Indian journal of veterinary science and animal husbandry - Volumes 24-25, 1954-1955
Year: 1954
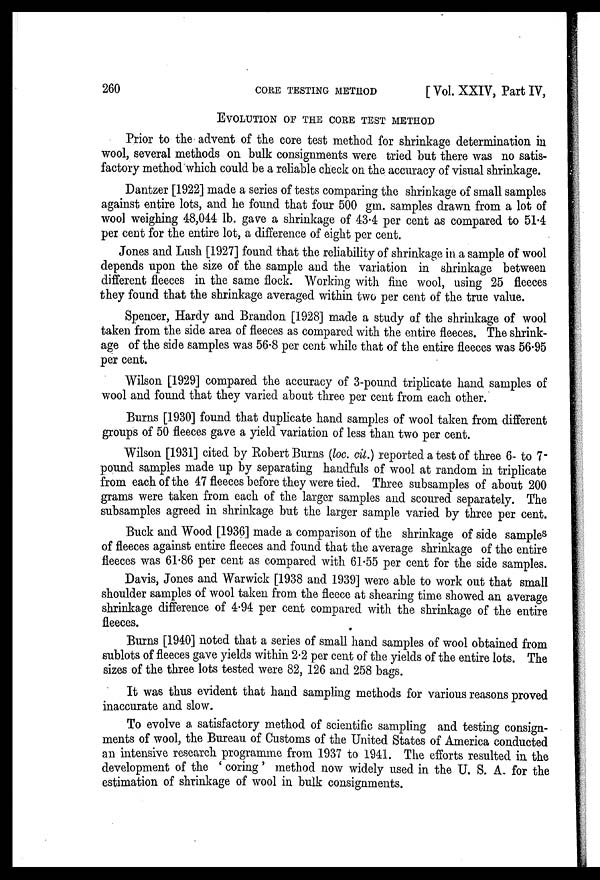
260
CORE
TESTING
METHOD
[ Vol. XXIV, Part IV,
EVOLUTION OF THE CORE TEST METHOD
Prior to the advent of the core test method for shrinkage determination in
wool, several methods on bulk consignments were tried but there was no satis-
factory method which could be a reliable check on the accuracy of visual shrinkage.
Dantzer [1922] made a series of tests comparing the shrinkage of small samples
against entire lots, and he found that four 500 gm. samples drawn from a lot of
wool weighing 48,044 lb. gave a shrinkage of 43.4 per cent as compared to 51.4
per cent for the entire lot, a difference of eight per cent.
Jones and Lush [1927] found that the reliability of shrinkage in a sample of wool
depends upon the size of the sample and the variation in shrinkage between
different fleeces in the same flock. Working with fine wool, using 25 fleeces
they found that the shrinkage averaged within two per cent of the true value.
Spencer, Hardy and Brandon [1928] made a study of the shrinkage of wool
taken from the side area of fleeces as compared with the entire fleeces. The shrink-
age of the side samples was 56.8 per cent while that of the entire fleeces was 56.95
per cent.
Wilson [1929] compared the accuracy of 3-pound triplicate hand samples of
wool and found that they varied about three per cent from each other.
Burns [1930] found that duplicate hand samples of wool taken from different
groups of 50 fleeces gave a yield variation of less than two per cent.
Wilson [1931] cited by Robert Burns (loc. cit.) reported a test of three 6- to 7-
pound samples made up by separating handfuls of wool at random in triplicate
from each of the 47 fleeces before they were tied. Three subsamples of about 200
grams were taken from each of the larger samples and scoured separately. The
subsamples agreed in shrinkage but the larger sample varied by three per cent.
Buck and Wood [1936] made a comparison of the shrinkage of side samples
of fleeces against entire fleeces and found that the average shrinkage of the entire
fleeces was 61.86 per cent as compared with 61.55 per cent for the side samples.
Davis, Jones and Warwick [1938 and 1939] were able to work out that small
shoulder samples of wool taken from the fleece at shearing time showed an average
shrinkage difference of 4.94 per cent compared with the shrinkage of the entire
fleeces.
Burns [1940] noted that a series of small hand samples of wool obtained from
sublots of fleeces gave yields within 2.2 per cent of the yields of the entire lots. The
sizes of the three lots tested were 82, 126 and 258 bags.
It was thus evident that hand sampling methods for various reasons proved
inaccurate and slow.
To evolve a satisfactory method of scientific sampling and testing consign-
ments of wool, the Bureau of Customs of the United States of America conducted
an intensive research programme from 1937 to 1941. The efforts resulted in the
development of the ' coring ' method now widely used in the U. S. A. for the
estimation of shrinkage of wool in bulk consignments.